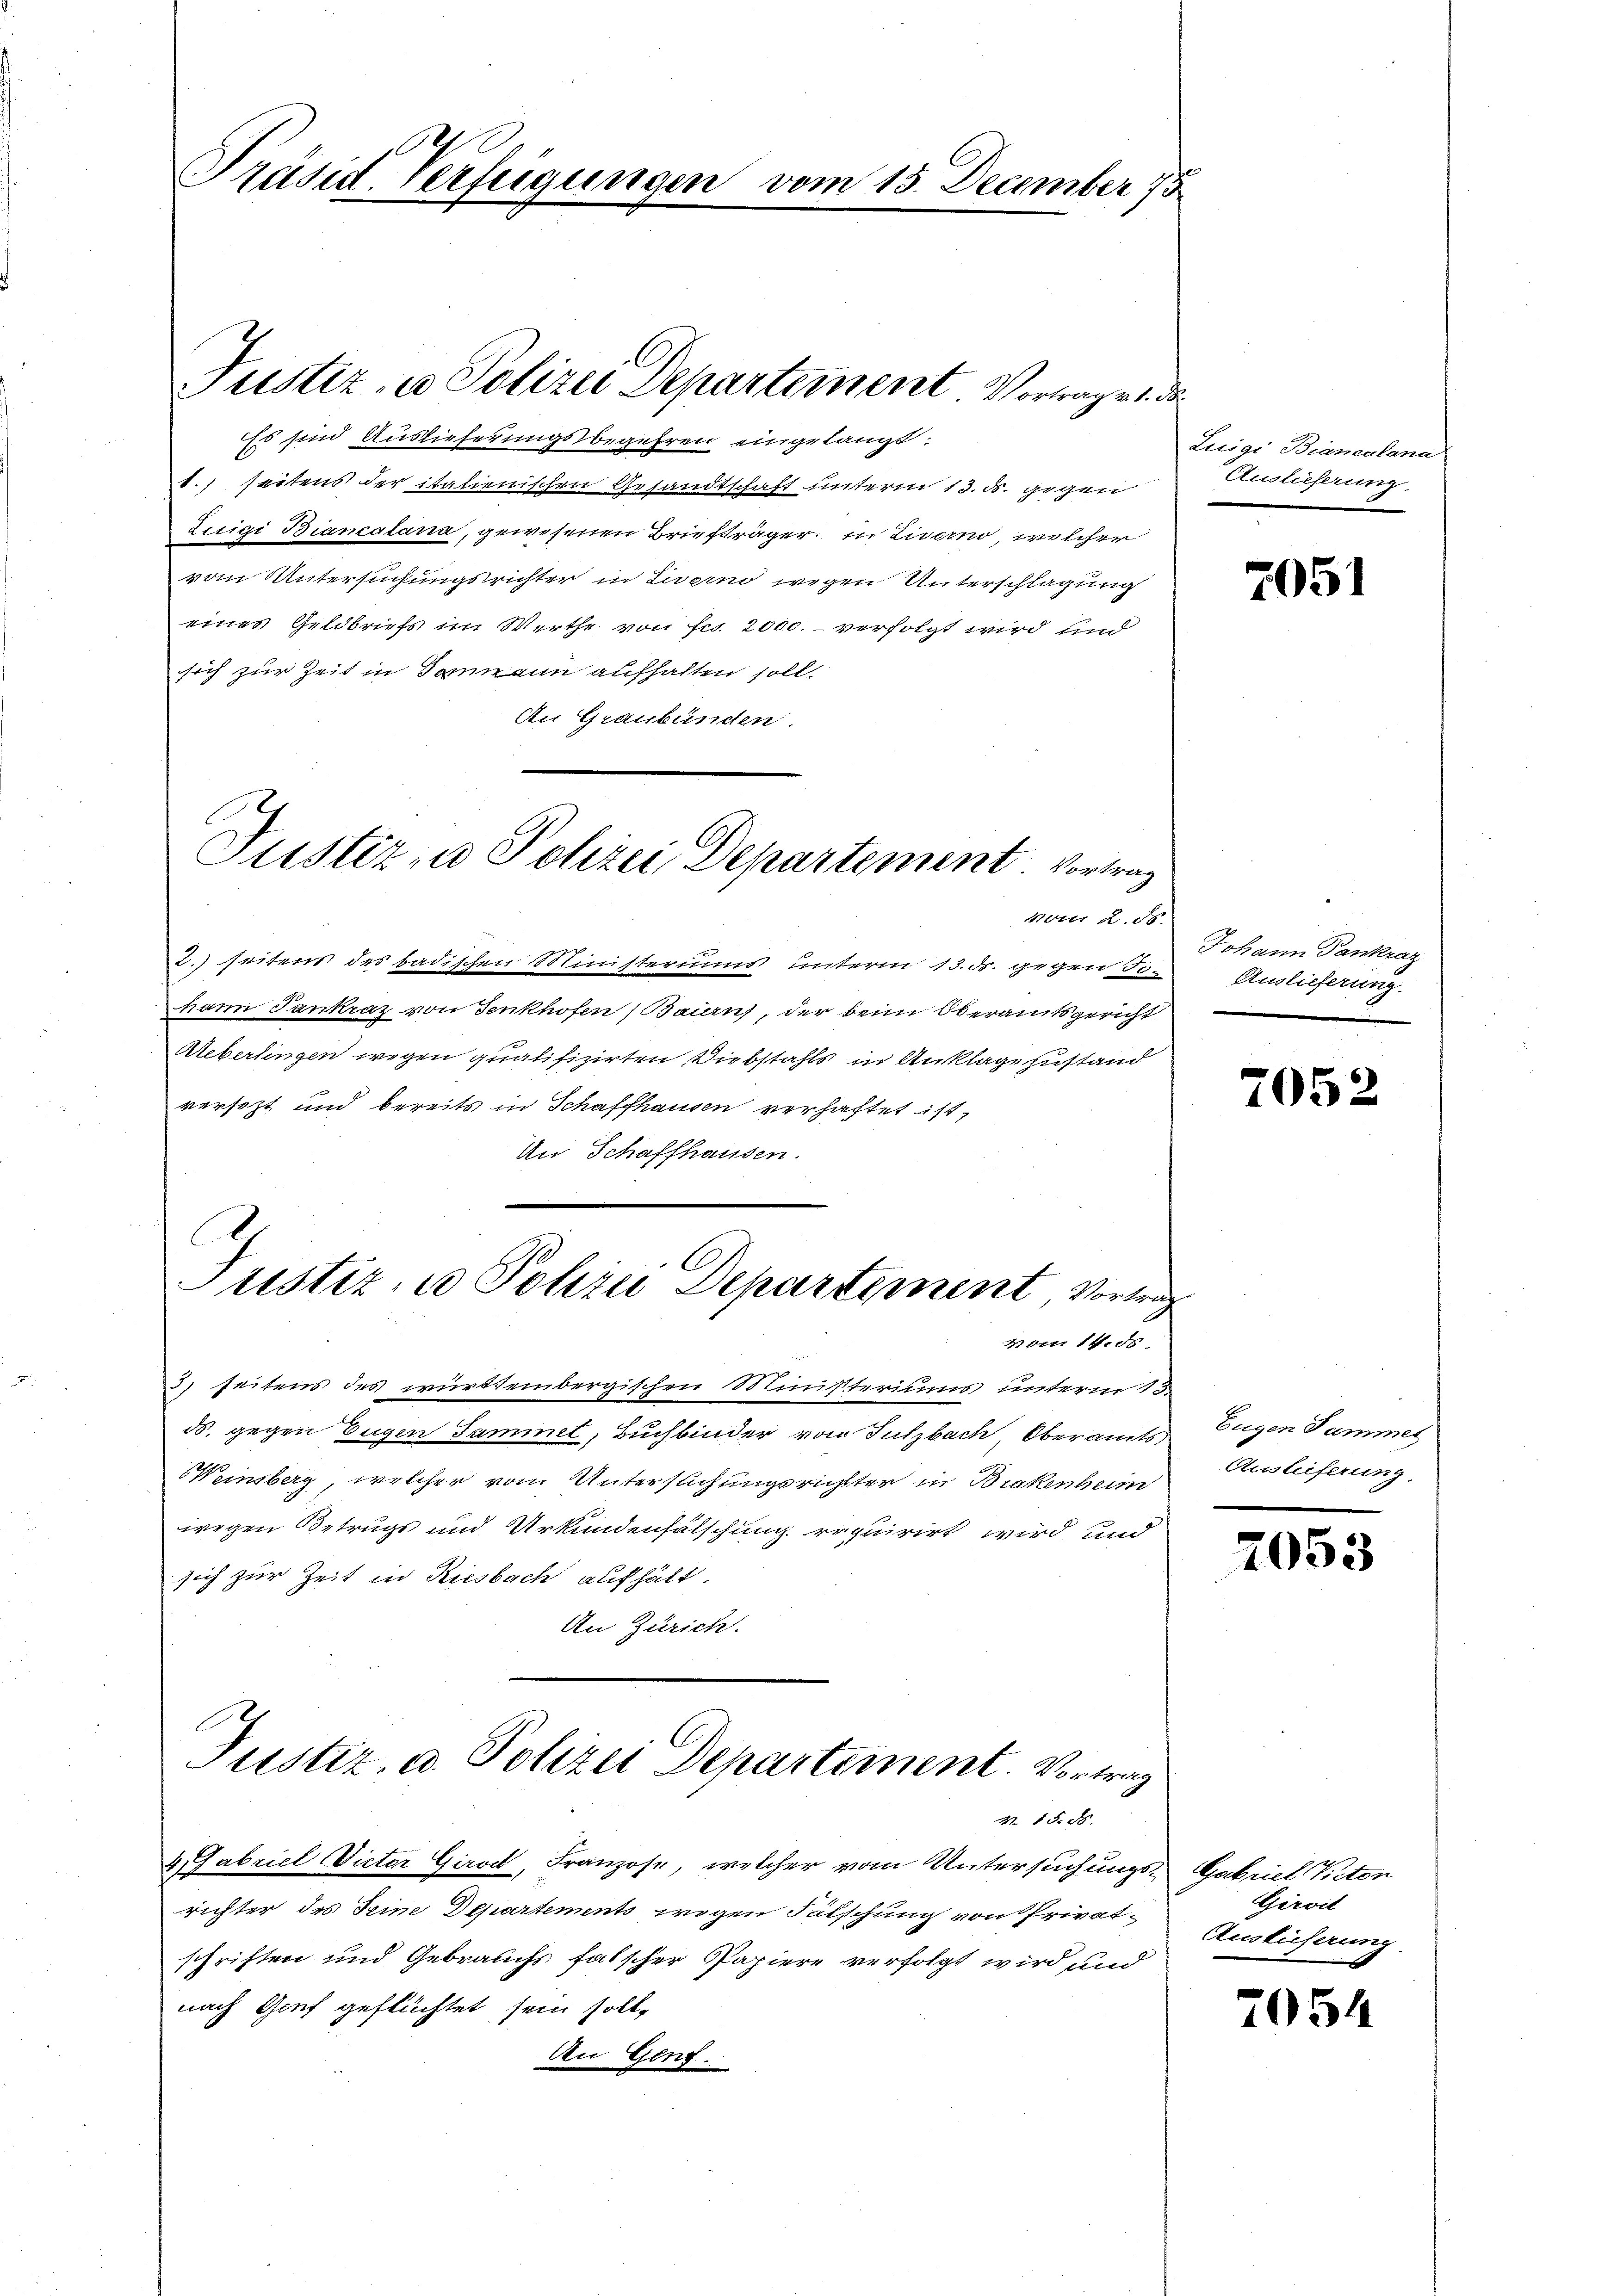
Präses Verfügungen vom 15. December 15

Es sind Auslieferungsbegehren eingelangt.
.) seitens der italienischen Gesandtschaft unterm 13. d. gegen
Luigi Biancalana, gewesenen Briefträger in Livorno, welcher
vom Untersuchungsrichter in Livorn wegen Unterschlagung
eines Geldbriefs im Werthe von Fr. 2000.- verfolgt wird und
sich zur Zeit in Dammann aufhalten soll.
An Graubünden.

2.) seitens des badischen Ministeriums unterm 13. ds. gegen Jo-
hann Tankraz von Senkhofen) Baiern, der beim Oberamtsgericht
Ueberlingen wegen qualifizirten Diebstahls in Anklage zustand
versezt und bereits in Schaffhausen verhaftet ist,
An Schaffhausen.
C

Justiz- u Polizei Departement Vortrage 1. da

Justiz- u Polizei Departement. Vortrag
voir 2. ds.

Justiz- u Pohre Departement, Vortrag
2 am 14. ds.

richter des Seine Departements wegen Fälschung von Privatschriften und Gebrauchs falscher Papiere verfolgt wird und
nach Genf geflüchtet sein soll,
An Genf.

3) seitens des württembergischen Ministeriums unterm 15.
ds. gegen Eugen Sammel, Buchbinder vom Sulzbach Oberamts
Weinsberg, welcher vom Untersuchungsrichter in Brakenheim
wegen Betrugs und Urkundenfälschung erquirirt wird, und
sich zur Zeit in Riesbach aufhält.
An Zürich.

Justiz, u. Polizei Departement. Vortrag
N. 15. d.
4. Gabriel Vieter Girod, Franzose, welcher vom Untersuchungs¬

Luigi Biancalana
Auslieferung.

7051

Johann Pankraz
Auslieferung

7052

Eugen Sammet
Auslieferung

7053

Gabriel Peten
Girodt
Auslieferung

2054